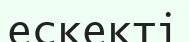
ескекті